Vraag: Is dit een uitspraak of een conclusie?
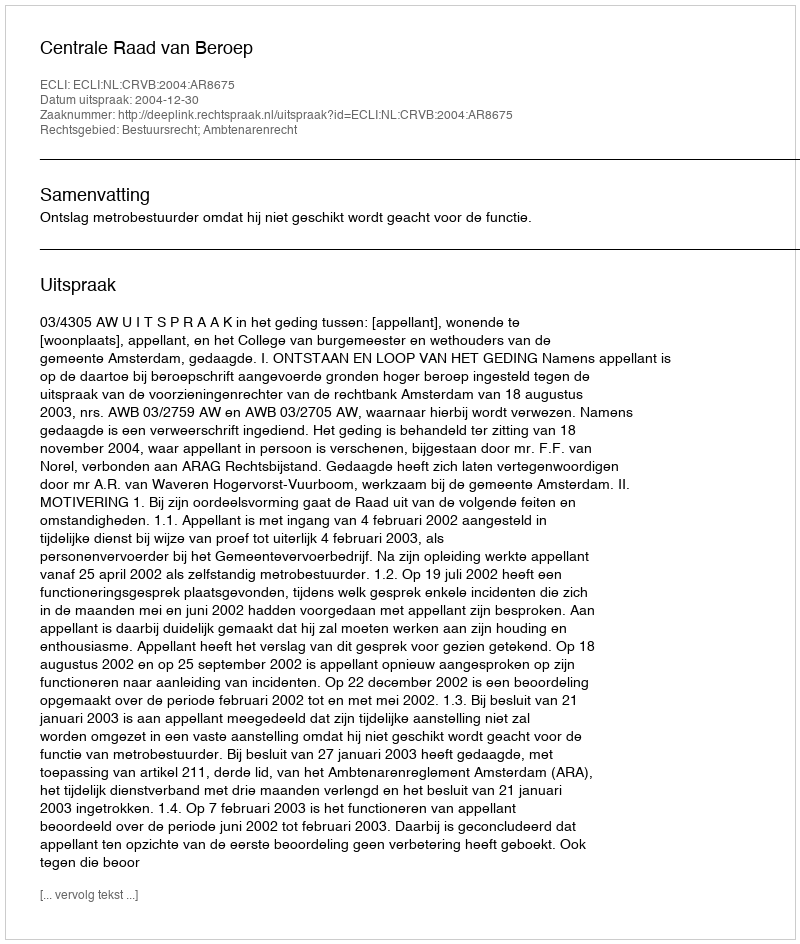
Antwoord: Uitspraak